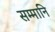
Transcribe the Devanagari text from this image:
सम्मानि